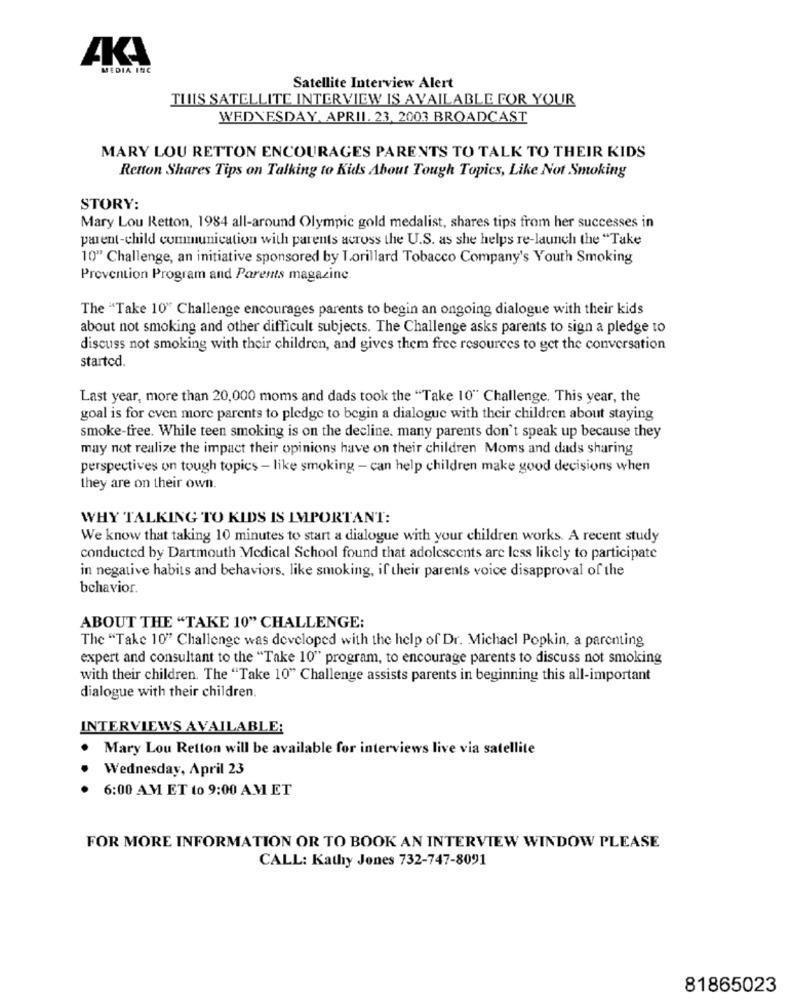
MEDIA INC
Satellite Interview Alert
THIS SATELLITE INTERVIEW IS AVAILABLE FOR YOUR
WEDNESDAY, APRIL. 23, 2003 BROADCAST
MARY LOU RETTON ENCOURAGES PARENTS TO TALK TO THEIR KIDS
Retton Shares Tips on Talking to Kids About Tough Topics, Like Not Smoking
STORY:
Mary Lou Retton, 1984 all-around Olympic gold medalist, shares tips from her successes in
parent-child communication with parents across the U.S. as she helps re-launch the "Take
10" Challenge, an initiative sponsored by Lorillard Tobacco Company's Youth Smoking
Prevention Program and Parents magazine.
The "Take 10" Challenge encourages parents to begin an ongoing dialogue with their kids
about not smoking and other difficult subjects. The Challenge asks parents to sign a pledge to
discuss not smoking with their children, and gives them free resources to get the conversation
started.
Last year, more than 20,000 moms and dads took the "Take 10" Challenge. This year, the
goal is for even more parents to pledge to begin a dialogue with their children about staying
smoke-free. While teen smoking is on the decline. many parents don't speak up because they
may not realize the impact their opinions have on their children Moms and dads sharing
perspectives on tough topics - like smoking - can help children make good decisions when
they are on their own.
WHY TALKING TO KIDS IS IMPORTANT:
We know that taking 10 minutes to start a dialogue with your children works. A recent study
conducted by Dartmouth Medical School found that adolescents are less likely to participate
in negative habits and behaviors, like smoking, if their parents voice disapproval of the
behavior.
ABOUT THE "TAKE 10" CHALLENGE:
The "Take 10" Challenge was developed with the help of Dr. Michael Popkin, a parenting
expert and consultant to the "Take 10" program, to encourage parents to discuss not smoking
with their children. The "Take 10" Challenge assists parents in beginning this all-important
dialogue with their children.
INTERVIEWS AVAILABLE:
Mary Lou Retton will be available for interviews live via satellite
.
Wednesday, April 23
6:00 AM ET to 9:00 AM ET
FOR MORE INFORMATION OR TO BOOK AN INTERVIEW WINDOW PLEASE
CALL: Kathy Jones 732-747-8091
81865023